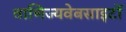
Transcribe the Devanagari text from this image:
वाणिज्यवेबसाइटों